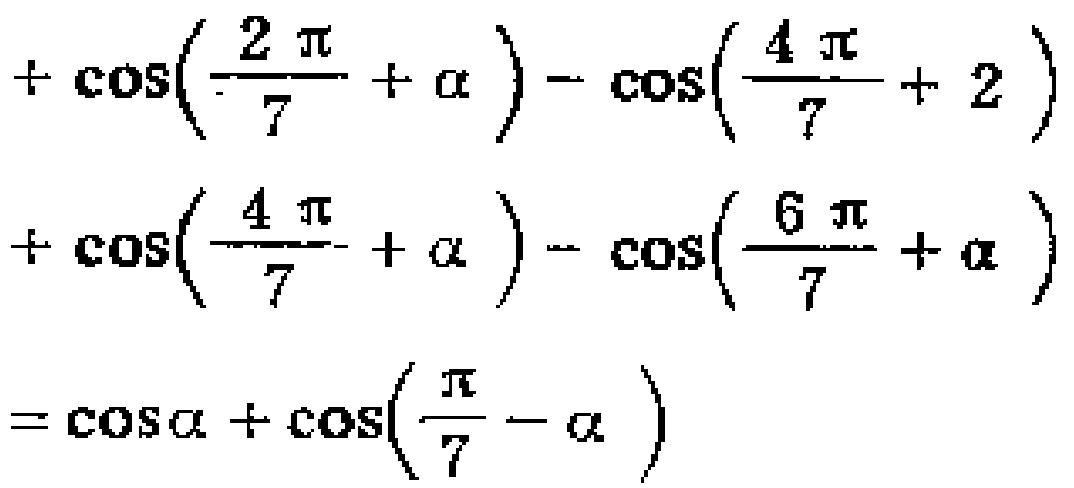
\[
\begin{align*}
&+\cos\left(\frac{2\pi}{7}+\alpha\right)-\cos\left(\frac{4\pi}{7}+2\right)\\
&+\cos\left(\frac{4\pi}{7}+\alpha\right)-\cos\left(\frac{6\pi}{7}+\alpha\right)\\
&=\cos\alpha+\cos\left(\frac{\pi}{7}-\alpha\right)
\end{align*}
\]